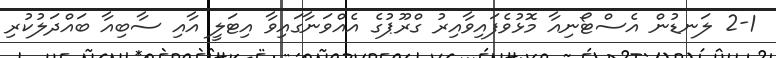
2-1 ލަނޑުން އެސްޓޯނިއާ މޮޅުވެފައިވާއިރު ގްރޫޕުގެ އެއްވަނާގައިވާ އިޓަލީ އާއި ސާބިއާ ބައްދަލުކުރި